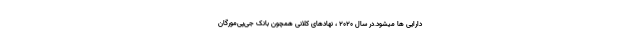
دارایی ها میشود.در سال ۲۰۲۰ ، نهادهای کلانی همچون بانک جی‌پی‌مورگان